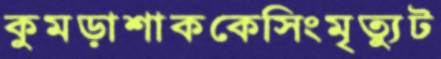
কুমড়াশাককেসিংমৃত্যুট